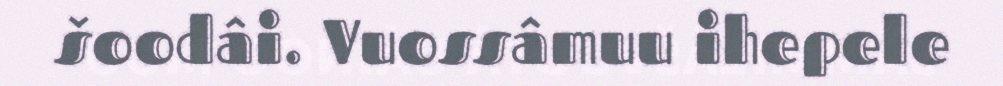
šoodâi. Vuossâmuu ihepele